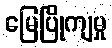
မြေပြိုကျမှု